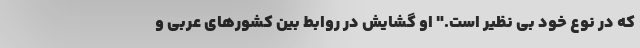
که در نوع خود بی نظیر است." او گشایش در روابط بین کشورهای عربی و